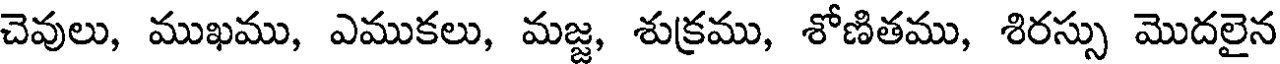
చెవులు, ముఖము, ఎముకలు, మజ్జ, శుక్రము, శోణితము, శిరస్సు మొదలైన